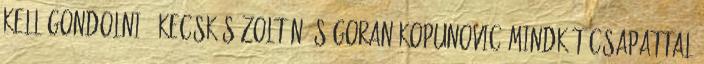
kell gondolni." Kecskés Zoltán és Goran Kopunovic mindkét csapattal